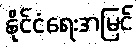
နိုင်ငံရေးအမြင်